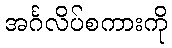
အင်္ဂလိပ်စကားကို